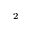
^ 2